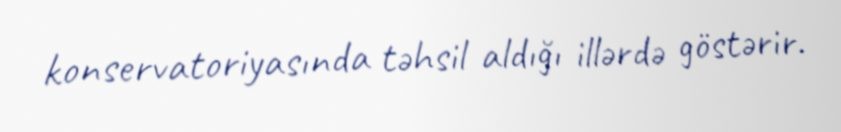
konservatoriyasında təhsil aldığı illərdə göstərir.